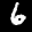
Label: 6